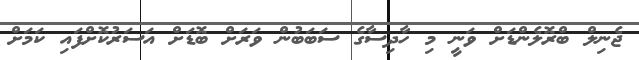
ޖެނިލް ބްރޮލެންޑަށް ވަނީ މި ހާދިސާގެ ސަބަބުން ވަރަށް ބޮޑަށް އަސަރުކޮށްފައި ކަމަށް